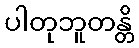
ပါတုဘူတန္တိ